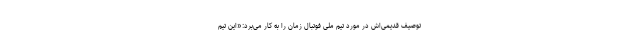
توصیف قدیمی‌اش در مورد تیم ملی فوتبال زمان را به کار می‌برد:«این تیم